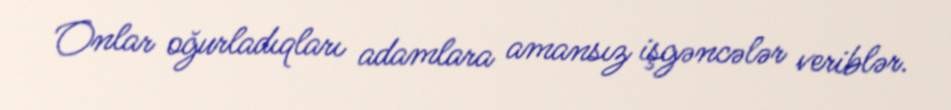
Onlar oğurladıqları adamlara amansız işgəncələr veriblər.